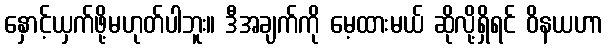
နှောင့်ယှက်ဖို့မဟုတ်ပါဘူး။ ဒီအချက်ကို မေ့ထားမယ် ဆိုလို့ရှိရင် ဝိနယဟာ